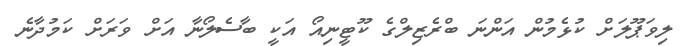
ލިވަޕޫލަށް ކުޅެމުން އަންނަ ބްރެޒިލްގެ ކޫޓީނިއޯ އަކީ ބާސެލޯނާ އަށް ވަރަށް ކަމުދާނެ